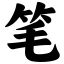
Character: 笔